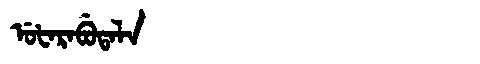
Manchu: ᡠᡶᠠᡵᠠᠪᡠᡨᠠᠯᠠ
Romanization: UFARABUTALA